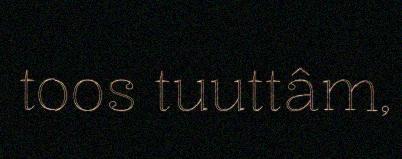
toos tuuttâm,